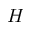
H